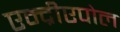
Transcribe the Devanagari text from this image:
एन्द्रीएपोल